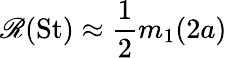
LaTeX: \mathscr{R}({\mathrm{St}})\approx\frac{1}{2}m_{1}(2a)